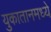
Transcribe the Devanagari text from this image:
युकातानमध्ये